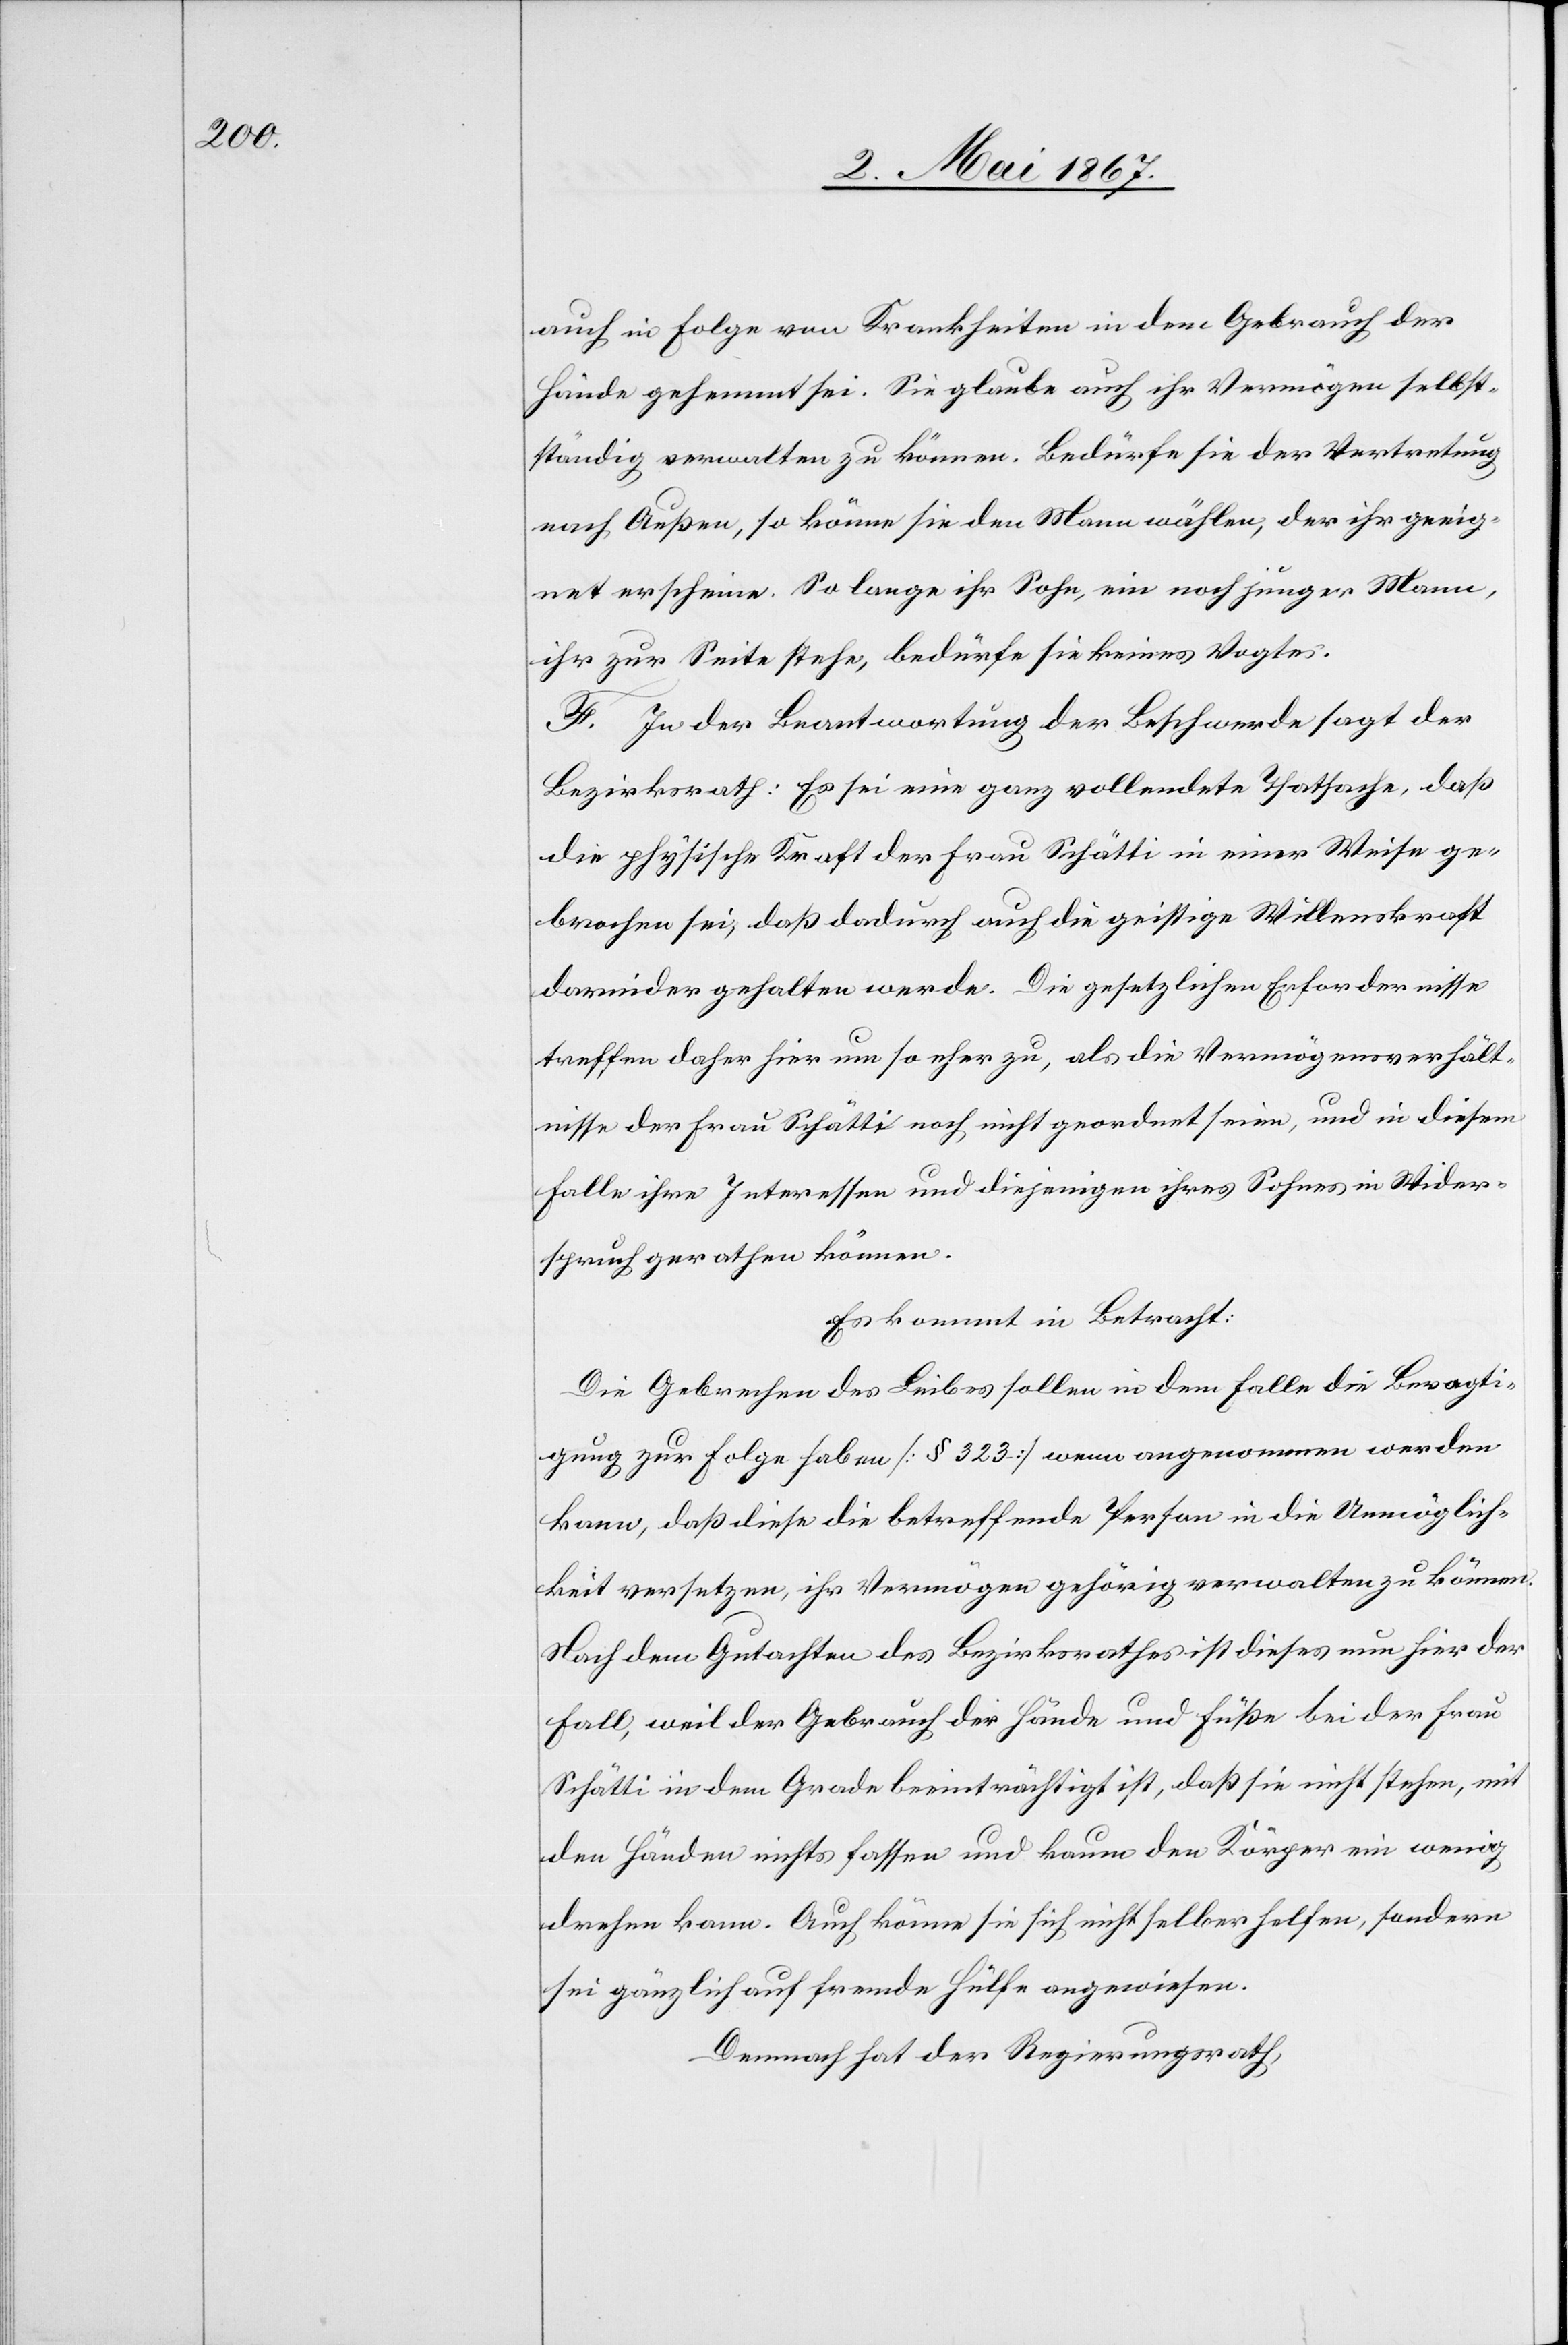
auch in Folge von Krankheiten in dem Gebrauch der
Hände gehemmt sei. Sie glaube auch ihr Vermögen selbst¬
ständig verwalten zu können. Bedürfe sie der Vertretung
nach Außen, so könne sie den Mann wählen, der ihr geeig¬
net erscheine. So lange ihr Sohn, ein noch junger Mann,
ihr zur Seite stehe, bedürfe sie keines Vogtes.
F. In der Beantwortung der Beschwerde sagt der
Bezirksrath: Es sei eine ganz vollendete Thatsache, daß
die physische Kraft der Frau Schätti in einer Weise ge¬
brochen sei, daß dadurch auch die geistige Willenskraft
darnider gehalten werde. Die gesetzlichen Erfordernisse
treffen daher hier um so eher zu, als die Vermögensverhält¬
nisse der Frau Schätti noch nicht geordnet seien, und in diesem
Falle ihre Interessen und diejenigen ihres Sohnes in Wider¬
spruch gerathen können.
Es kommt in Betracht:
Die Gebrechen des Leibes sollen in dem Falle die Bevogti¬
gung zur Folge haben [§ 323] wenn angenommen werden
kann, daß diese die betreffende Person in die Unmöglich¬
keit versetzen, ihr Vermögen gehörig verwalten zu können.
Nach dem Gutachten des Bezirksrathes ist dieses nun hier der
Fall, weil der Gebrauch der Hände und Füße bei der Frau
Schätti in dem Grade beeinträchtigt ist, daß sie nicht stehen, mit
den Händen nichts fassen und kaum den Körper ein wenig
drehen kann. Auch könne sie sich nicht selber helfen, sondern
sei gänzlich auf fremde Hülfe angewiesen.
Demnach hat der Regierungsrath,